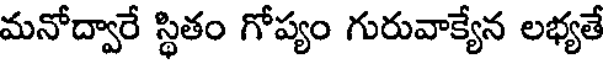
మనోద్వారే స్థితం గోప్యం గురువాక్యేన లభ్యతే